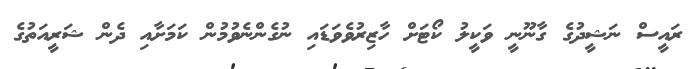
ރައީސް ނަޝީދުގެ ގާނޫނީ ވަކީލު ކޯޓަށް ހާޒިރުވެވަޑައި ނުގެންނެވުމުން ކަމަށާއި ދެން ޝަރީއަތުގެ